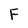
Character: F